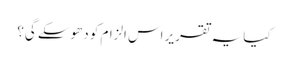
کیا یہ تقریر اس الزام کو دھوسکے گی؟